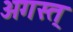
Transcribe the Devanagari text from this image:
अगस्त्